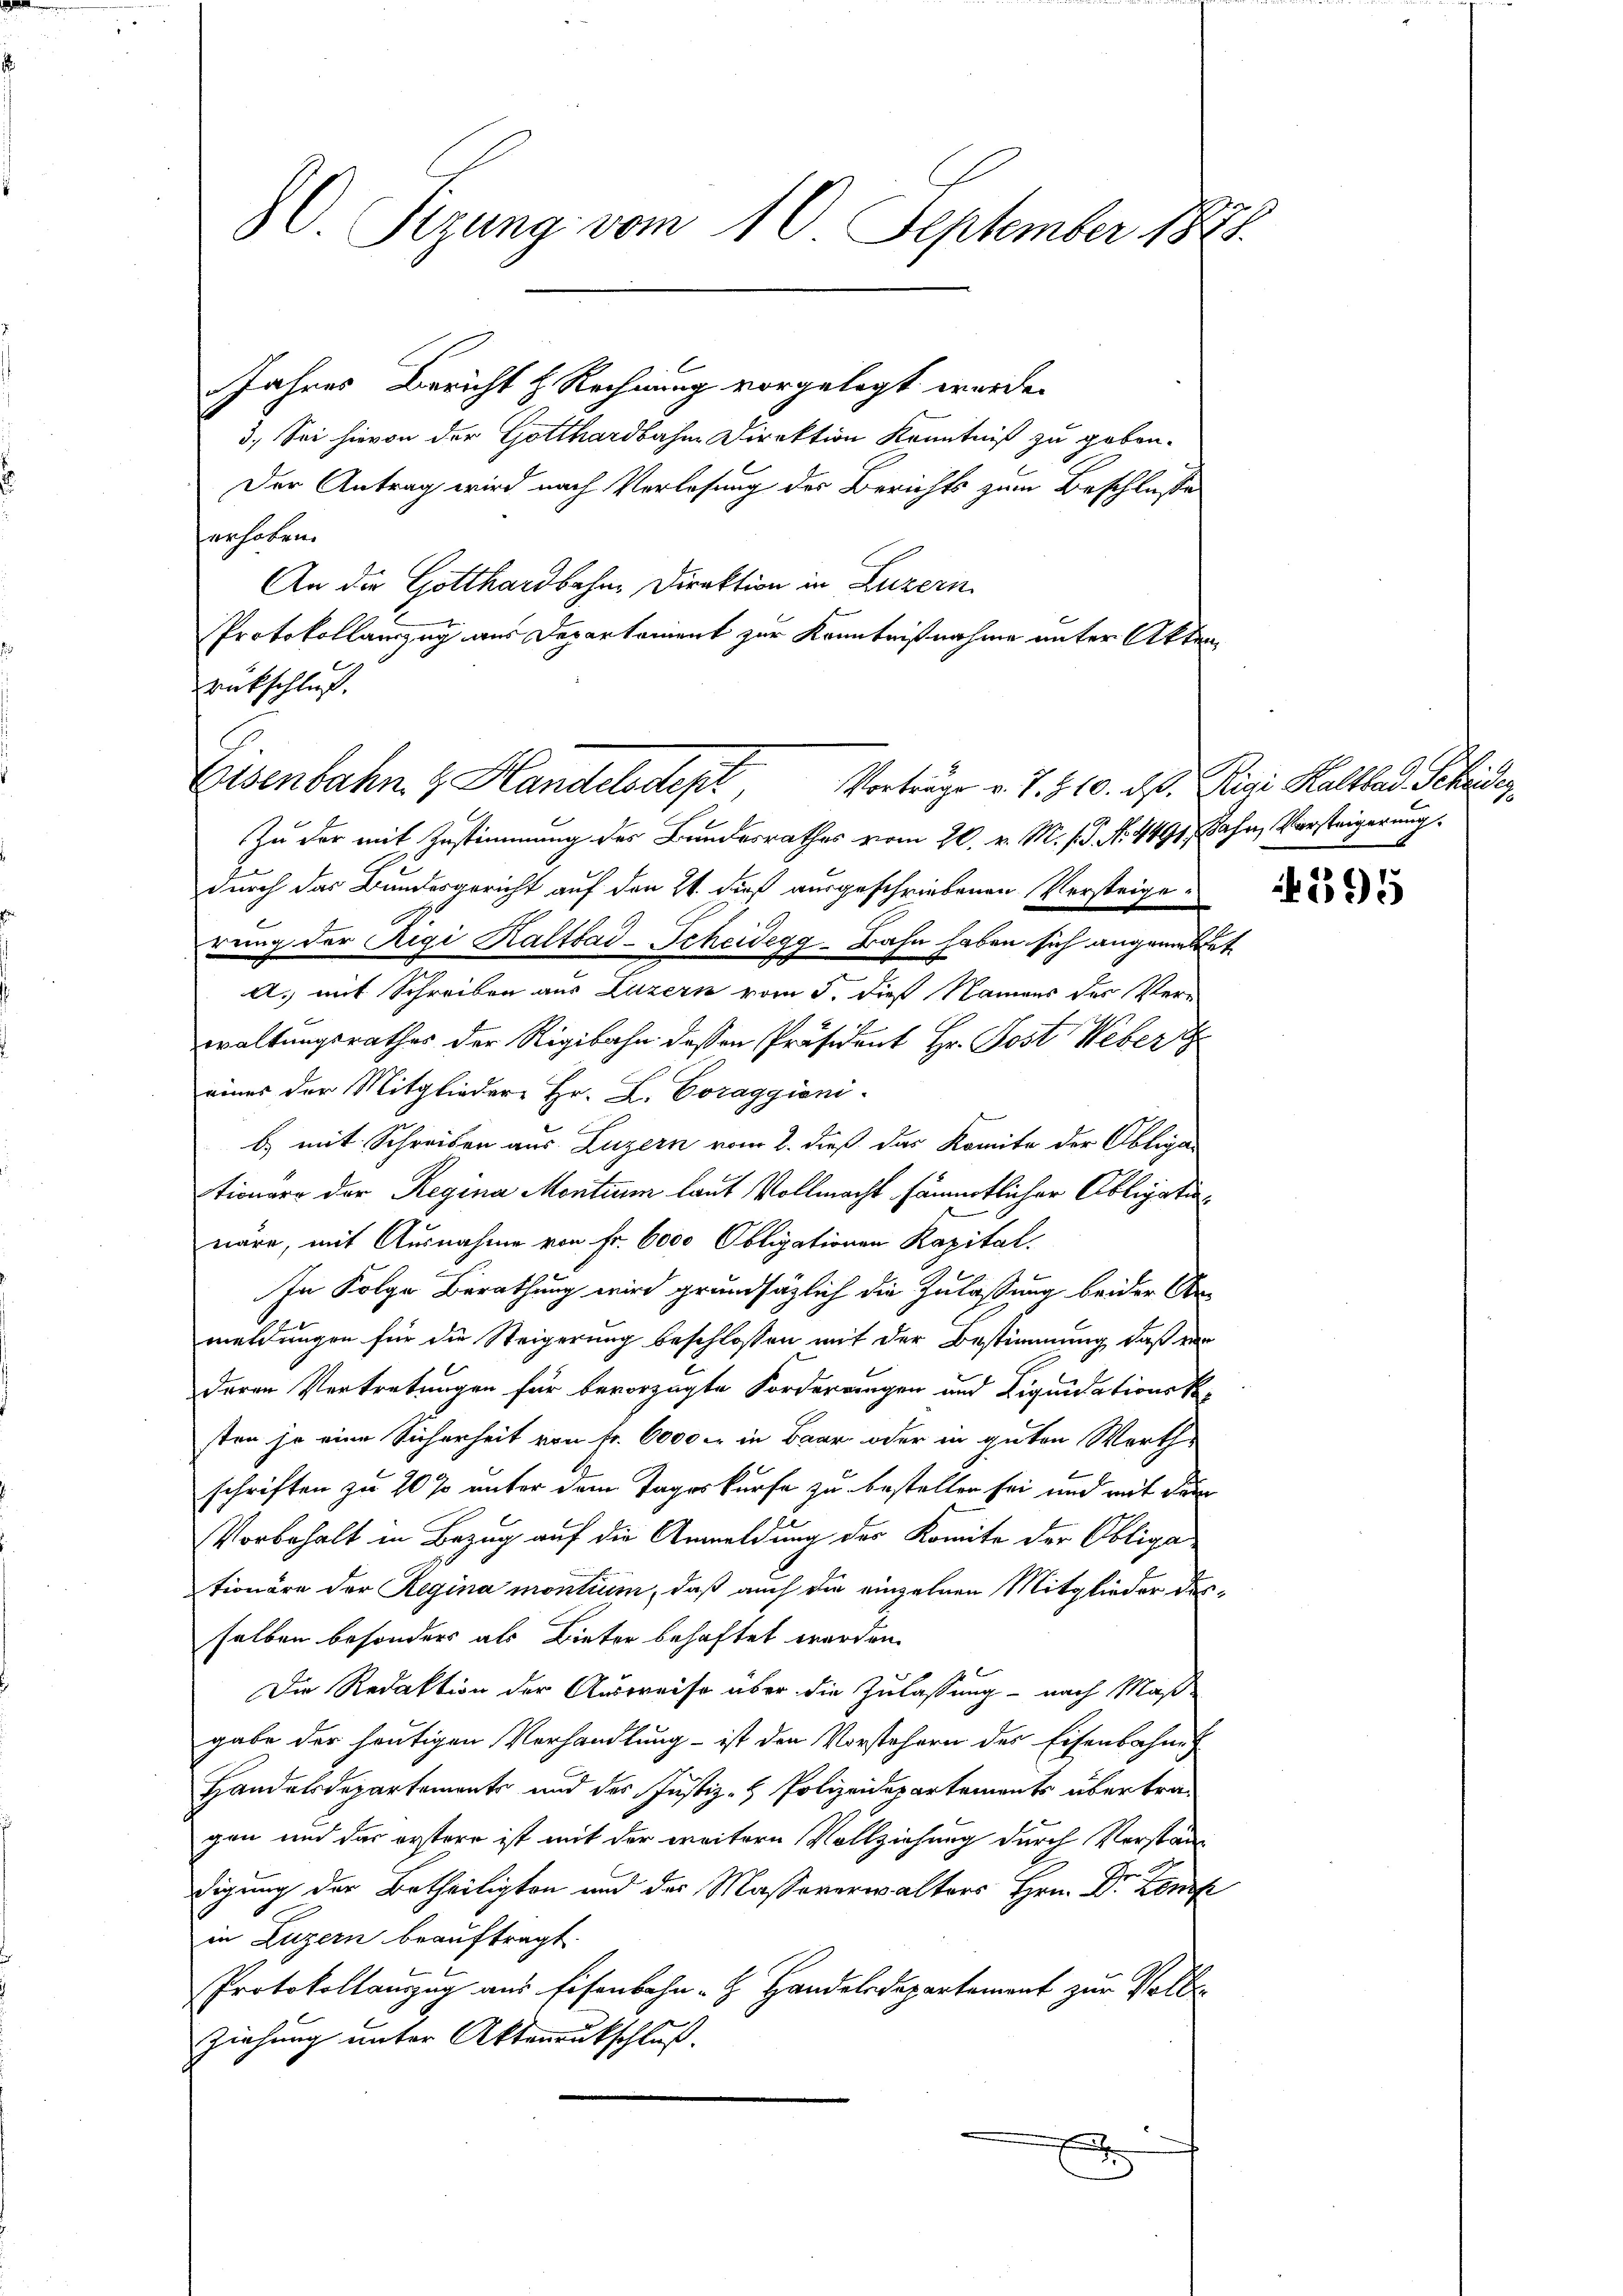
C. Sizung vom 10. September 1881.

Jahres Bericht z. Rechnung vorgelegt werde.
3. Sei hievon der Gotthardbahn Direktion Kenntniß zu geben.
Der Antrag wird nach Verlosung des Berichts zum Beschlusse
erhoben.
An die Gotthardbahne Direktion in Luzern
Protokollauszug aus Departement zur Kenntnißnahme unter Akten
rückschluß.
Zu der mit Zustimmung des Bundesrathes vom 20. v. M. P.P. N. 4491, Bahn, Vorsteigerung
durch das Bundesgericht auf den 21. dieß ausgeschriebenen Versteigerung der Rigi Kaltbad-Scheidegg - Bahn haben sich angen bet
A. mit Schreiben aus Luzern vom 5. dieß Namens des Verwaltungsrathes der Rigibahn dessen Präsident Hr. Post Weber
eines der Mitglieder Hr. L. Coraggiani-
b) mit Schreiben aus Luzern vom 2. dieß das Komite der Obliga
tioner der Regina Mentium laut Vollmacht sämmtlicher Obligatiowäre, mit Ausnahme von Fr. 6000 Obligationen Kapital.
In Folge Berathung wird grundsätzlich die Zulassung beider An-
meldungen für die Steigerung beschlossen mit der Bestimmung, daß vor
deren Vertretungen für bevorzugte Forderrungen und Liquidationsksten ja eine Sicherheit von fr. 6000. in Baar oder in guten Werth
schriften zu 20 % unter dem Tageskürfe zu bestellen sei und mit der
Vorbehalt in Bezug auf die Anmeldung der Komite der Obliga-
tionäre der Regina montium, daß auch die einzelnen Mitglieder desselben besonder als Bieter behaftet worden.
E
Die Redaktion der Ausweise über die Zulassung - nach Maßgabe der heutigen Verhandlung - ist den Vorstehern des Eisenbahnen
Handelsdepartements und des Justiz- & Polizeidepartements übertrag
gen und das erstere ist mit der weitern Vollziehung durch Verständigung der Betheiligten und der Massererwalters Hrn. Dr. Konf
in Luzern beauftragt.
Protokollauszug aus Eisenbahn - Handelndepartement zur Voll¬
Ziehung unter Aktenrutschluß.
x

Eisenbahn z. Handelsdept, Vorträge v. J. 510. d. d. Rigi Kaltbar Schröder,

295